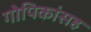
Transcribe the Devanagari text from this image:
गोपिकांसह